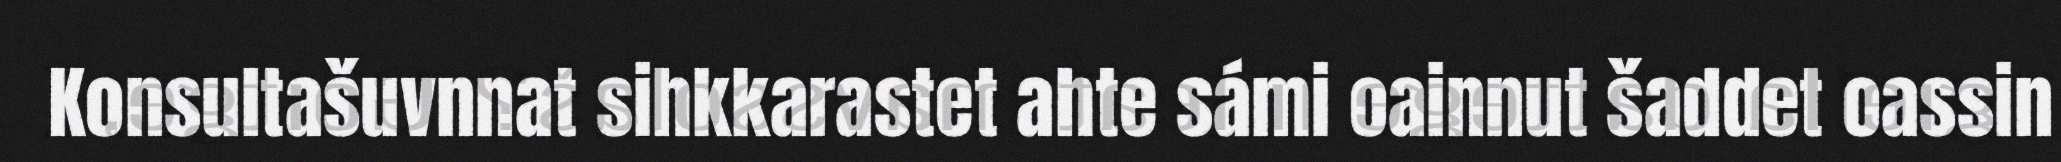
Konsultašuvnnat sihkkarastet ahte sámi oainnut šaddet oassin